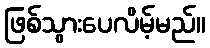
ဖြစ်သွားပေလိမ့်မည်။